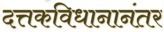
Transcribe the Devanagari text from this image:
दत्तकविधानानंतर